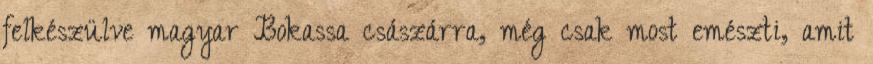
felkészülve magyar Bokassa császárra, még csak most emészti, amit